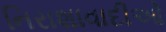
નિરાશાવાદીઓ